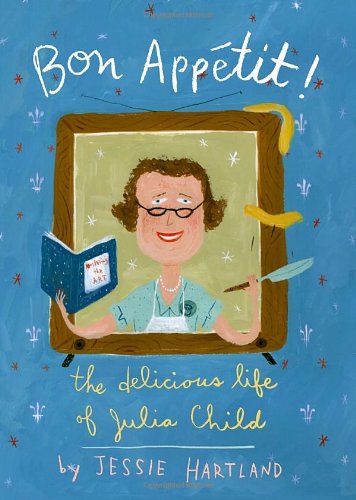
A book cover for Bon Appetit! The Delicious Life of Julia Child; Jessie Hartland; Children's Books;